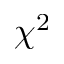
\chi ^ { 2 }